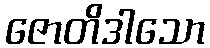
ဇောတိဒါသော